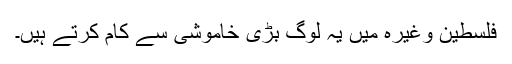
فلسطین وغیرہ میں یہ لوگ بڑی خاموشی سے کام کرتے ہیں۔